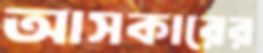
আসকারের